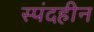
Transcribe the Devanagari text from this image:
स्पंदहीन